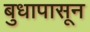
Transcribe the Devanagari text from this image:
बुधापासून